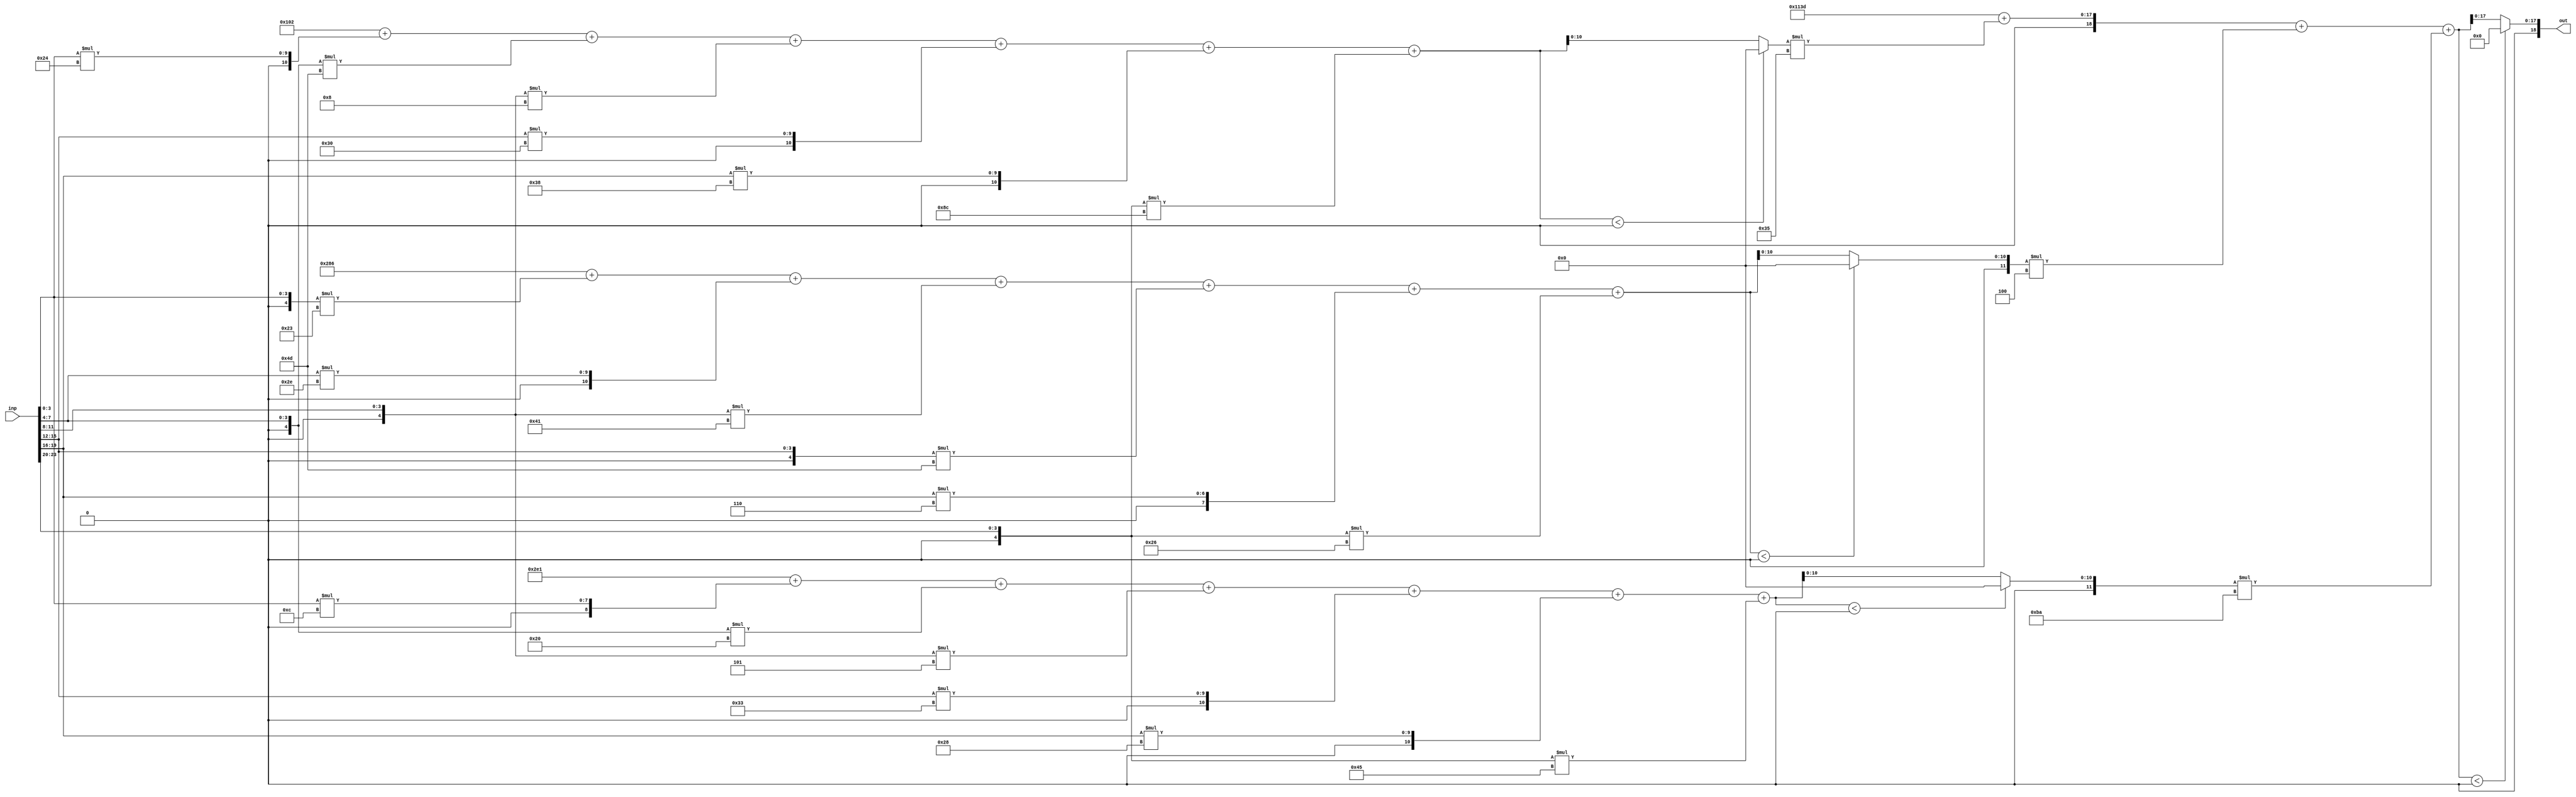
//weights: [[[36, -51, -8, 48, 56, -116], [-29, 46, -63, -51, 6, -26], [12, -32, -3, 51, 40, -59]], [[53, -4, -70]]]
//intercepts: [[-254, 646, -287], [4413]]
//act size: [4, 11, 18]
//pred num: 1
module top (inp, out);
input [23:0] inp;
output [18:0] out;

// layer: 0 - neuron: 0
    wire signed [11:0] n_0_0_po_0;
    //weight 36: 8'sb00100100
    assign n_0_0_po_0 = $signed({1'b0, inp[3:0]}) * 8'sb00100100;

    wire signed [11:0] n_0_0_po_1;
    //weight -51: 8'sb11001101
    assign n_0_0_po_1 = $signed({1'b0, inp[7:4]}) * 8'sb11001101;

    wire signed [11:0] n_0_0_po_2;
    //weight -8: 8'sb11111000
    assign n_0_0_po_2 = $signed({1'b0, inp[11:8]}) * 8'sb11111000;

    wire signed [11:0] n_0_0_po_3;
    //weight 48: 8'sb00110000
    assign n_0_0_po_3 = $signed({1'b0, inp[15:12]}) * 8'sb00110000;

    wire signed [11:0] n_0_0_po_4;
    //weight 56: 8'sb00111000
    assign n_0_0_po_4 = $signed({1'b0, inp[19:16]}) * 8'sb00111000;

    wire signed [11:0] n_0_0_po_5;
    //weight -116: 8'sb10001100
    assign n_0_0_po_5 = $signed({1'b0, inp[23:20]}) * 8'sb10001100;

    wire signed [11:0] n_0_0_sum;
    assign n_0_0_sum = -254 + n_0_0_po_0 + n_0_0_po_1 + n_0_0_po_2 + n_0_0_po_3 + n_0_0_po_4 + n_0_0_po_5;
    //relu
    wire [10:0] n_0_0;
    assign n_0_0 = (n_0_0_sum<0) ? $unsigned({11{1'b0}}) : $unsigned(n_0_0_sum[10:0]);

// layer: 0 - neuron: 1
    wire signed [11:0] n_0_1_po_0;
    //weight -29: 8'sb11100011
    assign n_0_1_po_0 = $signed({1'b0, inp[3:0]}) * 8'sb11100011;

    wire signed [11:0] n_0_1_po_1;
    //weight 46: 8'sb00101110
    assign n_0_1_po_1 = $signed({1'b0, inp[7:4]}) * 8'sb00101110;

    wire signed [11:0] n_0_1_po_2;
    //weight -63: 8'sb11000001
    assign n_0_1_po_2 = $signed({1'b0, inp[11:8]}) * 8'sb11000001;

    wire signed [11:0] n_0_1_po_3;
    //weight -51: 8'sb11001101
    assign n_0_1_po_3 = $signed({1'b0, inp[15:12]}) * 8'sb11001101;

    wire signed [11:0] n_0_1_po_4;
    //weight 6: 8'sb00000110
    assign n_0_1_po_4 = $signed({1'b0, inp[19:16]}) * 8'sb00000110;

    wire signed [11:0] n_0_1_po_5;
    //weight -26: 8'sb11100110
    assign n_0_1_po_5 = $signed({1'b0, inp[23:20]}) * 8'sb11100110;

    wire signed [11:0] n_0_1_sum;
    assign n_0_1_sum = 646 + n_0_1_po_0 + n_0_1_po_1 + n_0_1_po_2 + n_0_1_po_3 + n_0_1_po_4 + n_0_1_po_5;
    //relu
    wire [10:0] n_0_1;
    assign n_0_1 = (n_0_1_sum<0) ? $unsigned({11{1'b0}}) : $unsigned(n_0_1_sum[10:0]);

// layer: 0 - neuron: 2
    wire signed [11:0] n_0_2_po_0;
    //weight 12: 8'sb00001100
    assign n_0_2_po_0 = $signed({1'b0, inp[3:0]}) * 8'sb00001100;

    wire signed [11:0] n_0_2_po_1;
    //weight -32: 8'sb11100000
    assign n_0_2_po_1 = $signed({1'b0, inp[7:4]}) * 8'sb11100000;

    wire signed [11:0] n_0_2_po_2;
    //weight -3: 8'sb11111101
    assign n_0_2_po_2 = $signed({1'b0, inp[11:8]}) * 8'sb11111101;

    wire signed [11:0] n_0_2_po_3;
    //weight 51: 8'sb00110011
    assign n_0_2_po_3 = $signed({1'b0, inp[15:12]}) * 8'sb00110011;

    wire signed [11:0] n_0_2_po_4;
    //weight 40: 8'sb00101000
    assign n_0_2_po_4 = $signed({1'b0, inp[19:16]}) * 8'sb00101000;

    wire signed [11:0] n_0_2_po_5;
    //weight -59: 8'sb11000101
    assign n_0_2_po_5 = $signed({1'b0, inp[23:20]}) * 8'sb11000101;

    wire signed [11:0] n_0_2_sum;
    assign n_0_2_sum = -287 + n_0_2_po_0 + n_0_2_po_1 + n_0_2_po_2 + n_0_2_po_3 + n_0_2_po_4 + n_0_2_po_5;
    //relu
    wire [10:0] n_0_2;
    assign n_0_2 = (n_0_2_sum<0) ? $unsigned({11{1'b0}}) : $unsigned(n_0_2_sum[10:0]);

// layer: 1 - neuron: 0
    wire signed [18:0] n_1_0_po_0;
    //weight 53: 8'sb00110101
    assign n_1_0_po_0 = $signed({1'b0, n_0_0}) * 8'sb00110101;

    wire signed [18:0] n_1_0_po_1;
    //weight -4: 8'sb11111100
    assign n_1_0_po_1 = $signed({1'b0, n_0_1}) * 8'sb11111100;

    wire signed [18:0] n_1_0_po_2;
    //weight -70: 8'sb10111010
    assign n_1_0_po_2 = $signed({1'b0, n_0_2}) * 8'sb10111010;

    wire signed [18:0] n_1_0_sum;
    assign n_1_0_sum = 4413 + n_1_0_po_0 + n_1_0_po_1 + n_1_0_po_2;
    //relu
    wire [17:0] n_1_0;
    assign n_1_0 = (n_1_0_sum<0) ? $unsigned({18{1'b0}}) : $unsigned(n_1_0_sum[17:0]);

    assign out = {n_1_0};

endmodule